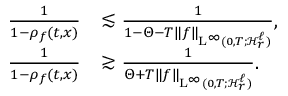
\begin{array} { r l } { \frac { 1 } { 1 - \rho _ { f } ( t , x ) } } & { \lesssim \frac { 1 } { 1 - \Theta - T \Vert f \Vert _ { \mathrm { L } ^ { \infty } ( 0 , T ; \mathcal { H } _ { r } ^ { \ell } ) } } , } \\ { \frac { 1 } { 1 - \rho _ { f } ( t , x ) } } & { \gtrsim \frac { 1 } { \Theta + T \Vert f \Vert _ { \mathrm { L } ^ { \infty } ( 0 , T ; \mathcal { H } _ { r } ^ { \ell } ) } } . } \end{array}